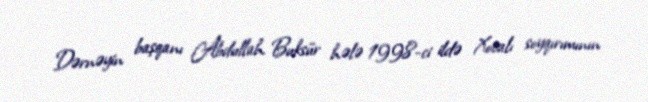
Dərnəyin başqanı Abdullah Buksür hələ 1998-ci ildə Xocalı soyqırımının